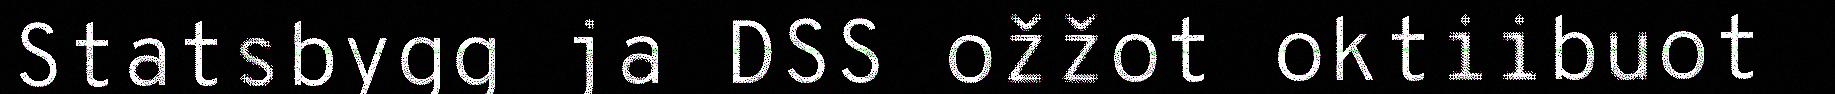
Statsbygg ja DSS ožžot oktiibuot